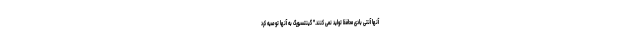
آنها آنتی بادی محافظ تولید نمی کنند." گینتسبورگ به آنها توصیه کرد